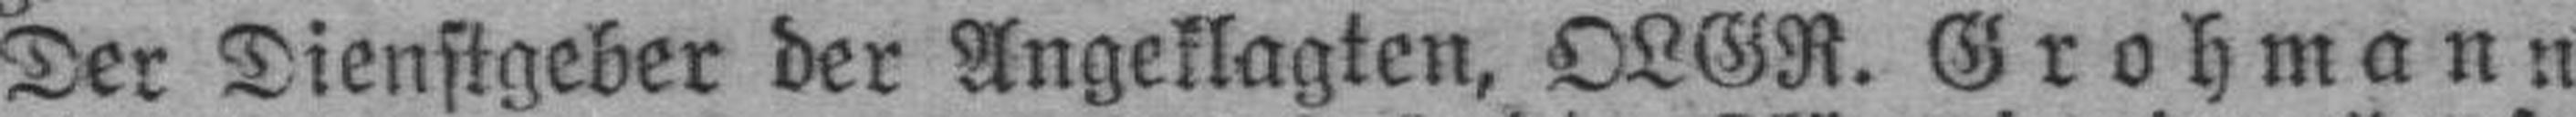
Der Dienstgeber der Angeklagten, OLGR. Grohmann